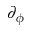
\partial _ { \phi }